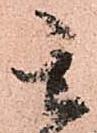
玄